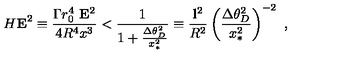
H { \bf E } ^ { 2 } \equiv \frac { \Gamma r _ { 0 } ^ { 4 } \ { \bf E } ^ { 2 } } { 4 R ^ { 4 } x ^ { 3 } } < \frac { 1 } { 1 + \frac { \Delta \theta _ { D } ^ { 2 } } { x _ { * } ^ { 2 } } } \equiv \frac { { \bf l } ^ { 2 } } { R ^ { 2 } } \left( \frac { \Delta \theta _ { D } ^ { 2 } } { x _ { * } ^ { 2 } } \right) ^ { - 2 } \ ,